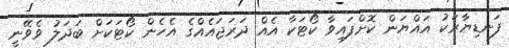
ފަނޑިޔާރަކު އައްޔަން ކޮށްފައިވާ ކޯޓަކާ އެއް ދަރަޖައެއްގެ އެހެން ކޯޓަކަށް ބަދަލު ވެވޭނީ